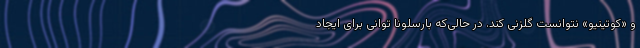
و «کوتینیو» نتوانست گلزنی کند. در حالی‌که بارسلونا توانی برای ایجاد